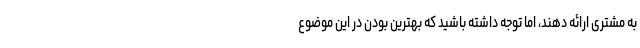
به مشتری ارائه دهند، اما توجه داشته باشید که بهترین بودن در این موضوع